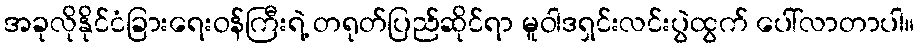
အခုလိုနိုင်ငံခြားရေးဝန်ကြီးရဲ့ တရုတ်ပြည်ဆိုင်ရာ မူဝါဒရှင်းလင်းပွဲထွက် ပေါ်လာတာပါ။